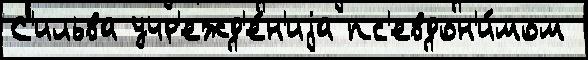
С'ильва учр'ежд'е́н'иjа пс'евдон'и́мом